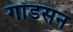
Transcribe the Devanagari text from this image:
गॉडसन